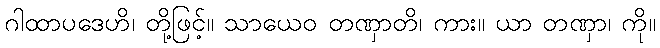
ဂါထာပဒေဟိ၊ တို့ဖြင့်။ သာယေဝ တဏှာတိ၊ ကား။ ယာ တဏှာ၊ ကို။